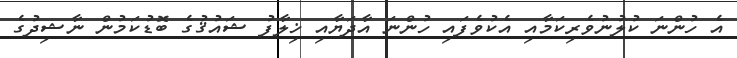
އެ ހުންނަ ކުލުނުވެރިކަމާއި އެކުވެފައި ހުންނަ އާދަޔާއި ޚިލާފު ޝައުޤުގެ ބޮޑުކަމުން ނާޝިދުގެ